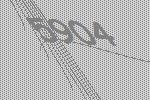
5904